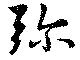
弥